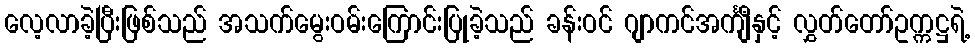
လေ့လာခဲ့ပြီးဖြစ်သည် အသက်မွေးဝမ်းကြောင်းပြုခဲ့သည် ခန်းဝင် ဂျာကင်အင်္ကျီနှင့် လွှတ်တော်ဥက္ကဋ္ဌရဲ့